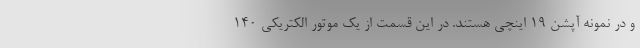
و در نمونه آپشن 19 اینچی هستند. در این قسمت از یک موتور الکتریکی 140